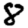
Digit: 8